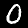
Label: 0